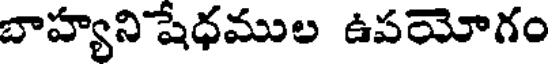
బాహ్యని షేధముల ఉపయోగం